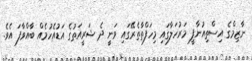
ނާޒިމްގެ އިސްތިއުނާފީ މަރުހަލާގައި މިހަފްތާތެރޭގައި ވަނީ ދެ ޝަރީއަތުގެ އަޑުއެހުމެއް ބާއްވާފަ އެވެ.